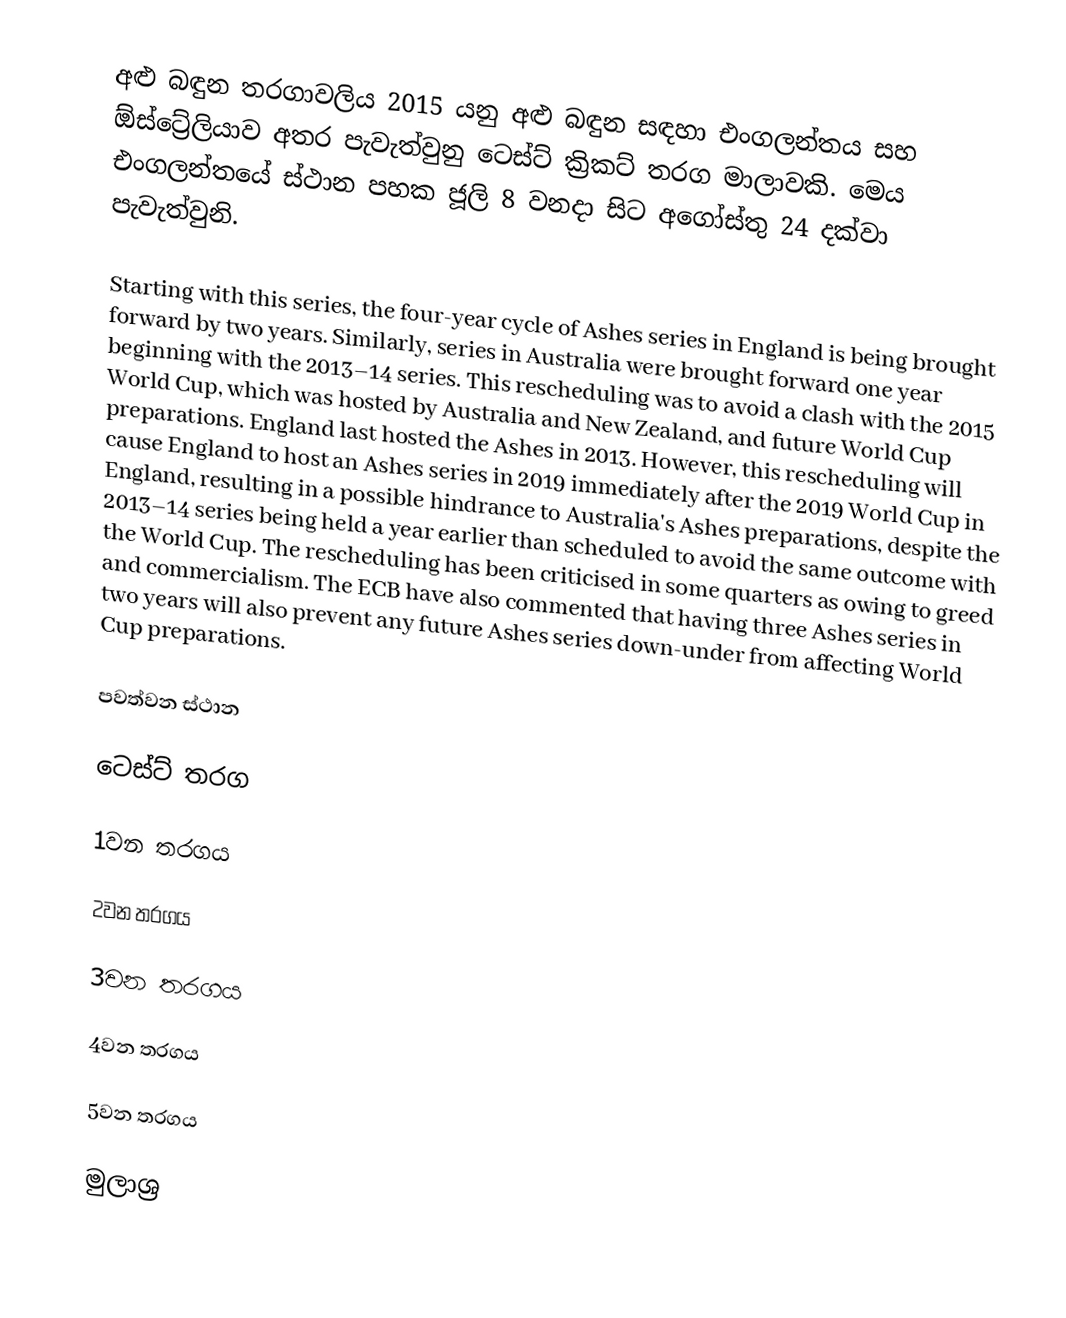
අළු බඳුන තරගාවලිය 2015 යනු අළු බඳුන සඳහා එංගලන්තය සහ ඕස්ට්‍රේලියාව අතර පැවැත්වුනු ටෙස්ට් ක්‍රිකට් තරග මාලාවකි. මෙය එංගලන්තයේ ස්ථාන පහක ජූලි 8 වනදා සිට අගෝස්තු 24 දක්වා පැවැත්වුනි.

Starting with this series, the four-year cycle of Ashes series in England is being brought forward by two years. Similarly, series in Australia were brought forward one year beginning with the 2013–14 series. This rescheduling was to avoid a clash with the 2015 World Cup, which was hosted by Australia and New Zealand, and future World Cup preparations. England last hosted the Ashes in 2013. However, this rescheduling will cause England to host an Ashes series in 2019 immediately after the 2019 World Cup in England, resulting in a possible hindrance to Australia's Ashes preparations, despite the 2013–14 series being held a year earlier than scheduled to avoid the same outcome with the World Cup. The rescheduling has been criticised in some quarters as owing to greed and commercialism. The ECB have also commented that having three Ashes series in two years will also prevent any future Ashes series down-under from affecting World Cup preparations.

පවත්වන ස්ථාන

ටෙස්ට් තරග

1වන තරගය

2වන තරගය

3වන තරගය

4වන තරගය

5වන තරගය

මුලාශ්‍ර